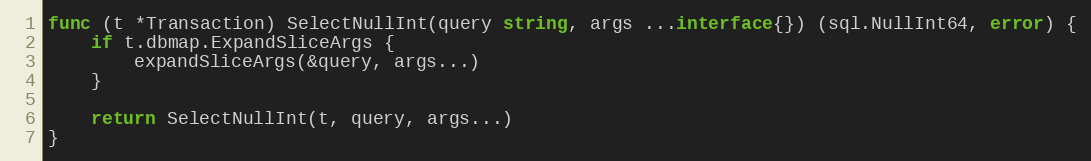
Language: Go
func (t *Transaction) SelectNullInt(query string, args ...interface{}) (sql.NullInt64, error) {
	if t.dbmap.ExpandSliceArgs {
		expandSliceArgs(&query, args...)
	}

	return SelectNullInt(t, query, args...)
}